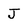
Character: J